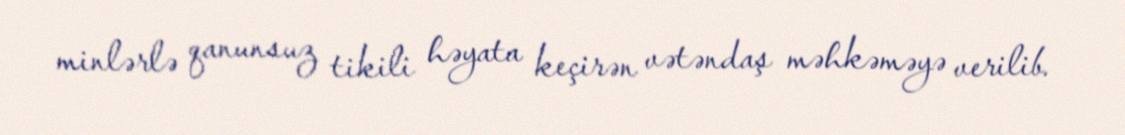
minlərlə qanunsuz tikili həyata keçirən vətəndaş məhkəməyə verilib.